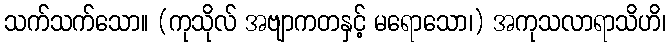
သက်သက်သော။ (ကုသိုလ် အဗျာကတနှင့် မရောသော၊) အကုသလာရာသိဟိ၊